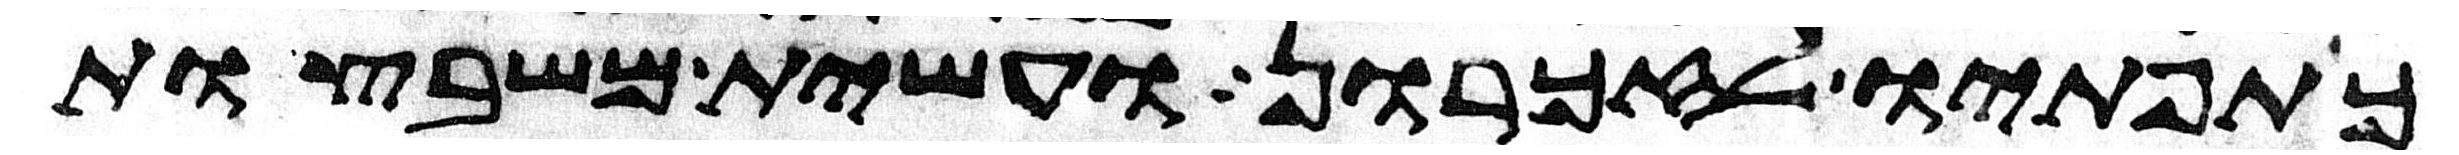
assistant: כתפתיו לזכרון ועשית משבצות